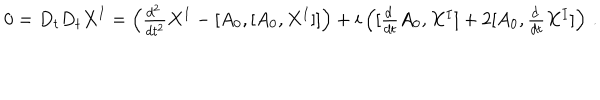
LaTeX: 0 = D _ { t } D _ { t } X ^ { I } = \left( \textstyle { \frac { d ^ { 2 } \, } { d t ^ { 2 } } } X ^ { I } - [ A _ { 0 } , [ A _ { 0 } , X ^ { I } ] ] \right) + i \left( [ \textstyle { \frac { d \, } { d t } } A _ { 0 } , X ^ { I } ] + 2 [ A _ { 0 } , \textstyle { \frac { d \, } { d t } } X ^ { I } ] \right) \, .